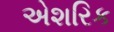
એશરિક